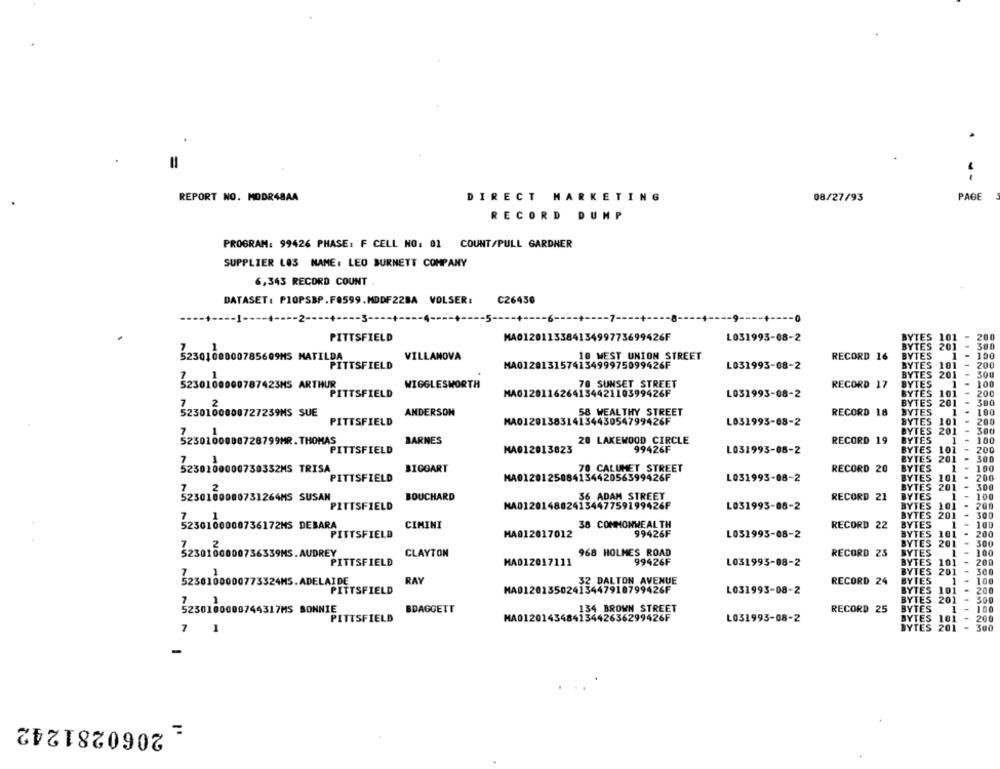
=
REPORT NO. MODR48AA
DIRECT MARKETING
08/27/93
PAGE
RECORD DUMP
PROGRAM: 99426 PHASE: F CELL NO: 01 COUNT/PULL GARDNER
SUPPLIER LOS NAME: LEO BURNETT COMPANY
6,343 RECORD COUNT
DATASET: PIOPSBP.F0599. MDDF22BA VOLSER:
C26450
-3-
-+-
-- 9 ---- + ---- 0
PITTSFIELD
MA012011338413499773699426F
L031993-08-2
TES
10 WEST UNION STREET
3230100000785609NS MATILDA
VILLANOVA
RECORD 16
PITTSFIELD
MA012013157413499975099426F
L031993-08-2
$ 10
200
201
SOU
WIGGLESWORTH
70 SUNSET STREET
RECORD 17
100
3230100000787423MS ARTHUR
PITTSFIELD
L031993-08-2
200
MAG12011626413442110399426F
YTES
101
201
300
3230100000727239MS SUE
ANDERSON
58 WEALTHY STREET
RECORD 18
ES
1
100
PITTSFIELD
MA012013831413443054799426F
L051993-08-2
TES
101
200
201
TES
3250100000726799MR.THOMAS
BARNES
20 LAKEWOOD CIRCLE
RECORD 19
100
PITTSFIELD
MA012013823
99426F
L031993-06-2
200
500
BIGGART
70 CALUMET STREET
RECORD 20
3250100000730352MS TRISA
PITTSFIELD
MA012012508413442056399426F
L031993-08-2
TES
101
7
2
201
300
5230100000731264MS SUSAN
BOUCHARD
36 ADAM STREET
RECORD 21
100
PITTSFIELD
MAD12014802413447759199426F
L031995-08-2
10
200
201
500
38 COMMONWEALTH
RECORD 22
5230100000736172MS DEBARA
CIMINI
PITTSFIELD
MA012017012
99426F
L051995-08-2
YIL
10
200
201
300
5230100000736339MS.AUDREY
CLAYTON
968 HOLMES ROAD
RECORD 23
300
PITTSFIELD
MA012017111
99426F
101
200
L031995-08-2
201
300
3230100000773324MS. ADELAIDE
RAY
32 DALTON AVENUE
RECORD 24
100
PITTSFIELD
MA012013502413447910799426F
L031993-08-2
101
20.0
201
300
134 BROWN STREET
RECORD 25
5230100000744317MS BONNIE
BDAGGETT
PITTSFIELD
MA012014348413442636299426F
L031993-08-2
7
1
2060281242